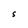
Character: S